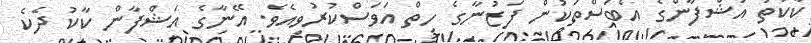
ކާކުތަ އަޝްފާންގެ އެބަސްތަކުން ފަޒުނާގެ ހިތް އަވަސްކުރުވިއެވެ. އޭނާގެ އަޝްފާން ކާކު ދެކެ